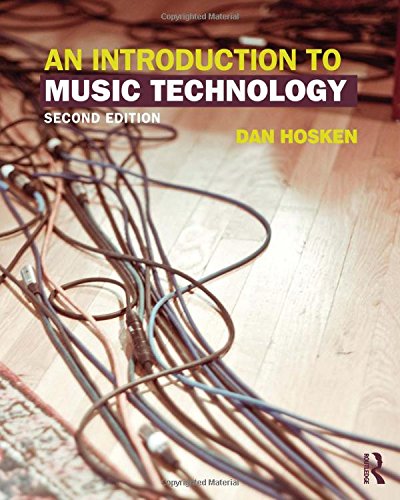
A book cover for An Introduction to Music Technology; Dan Hosken; Arts & Photography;